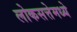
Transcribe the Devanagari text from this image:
लोकसत्तेमध्ये